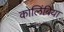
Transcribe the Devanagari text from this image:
कोलिंबिया